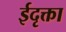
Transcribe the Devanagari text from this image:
ईदृक्ता